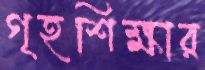
গৃহশিক্ষার